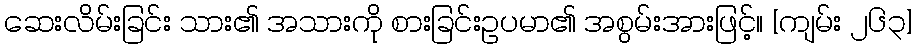
ဆေးလိမ်းခြင်း သား၏ အသားကို စားခြင်းဥပမာ၏ အစွမ်းအားဖြင့်။ [ကျမ်း ၂၆၃]